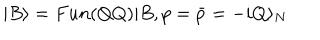
| B \rangle = F u n ( Q Q ) | B , p = \bar { p } = - i Q \rangle _ { N }